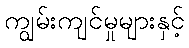
ကျွမ်းကျင်မှုများနှင့်